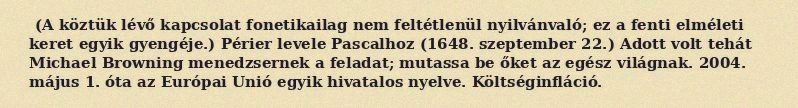
(A köztük lévő kapcsolat fonetikailag nem feltétlenül nyilvánvaló; ez a fenti elméleti keret egyik gyengéje.) Périer levele Pascalhoz (1648. szeptember 22.) Adott volt tehát Michael Browning menedzsernek a feladat; mutassa be őket az egész világnak. 2004. május 1. óta az Európai Unió egyik hivatalos nyelve. Költséginfláció.